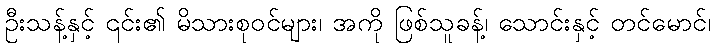
ဦးသန့်နှင့် ၎င်း၏ မိသားစုဝင်များ၊ အကို ဖြစ်သူခန့်၊ သောင်းနှင့် တင်မောင်၊